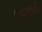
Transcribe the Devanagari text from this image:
पद्मगर्भः